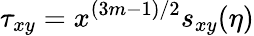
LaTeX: \tau_{xy}=x^{(3m-1)/2}s_{xy}(\eta)